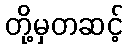
တို့မှတဆင့်